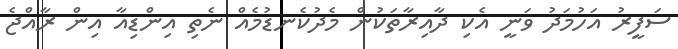
ސަފީރު އަހުމަދު ވަނީ އެކި ދާއިރާތަކުން މެދުކެނޑުމެއް ނެތި އިންޑިއާ އިން ރާއްޖެ